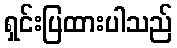
ရှင်းပြထားပါသည်